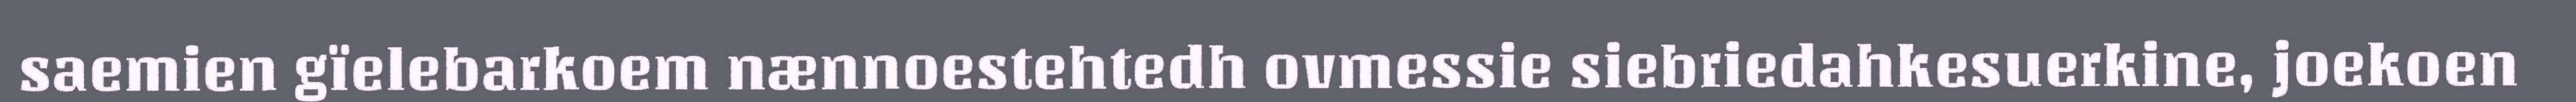
saemien gïelebarkoem nænnoestehtedh ovmessie siebriedahkesuerkine, joekoen